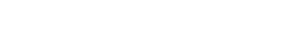
အခက်အခဲလည်း မရှိတော့ပါဘူး။